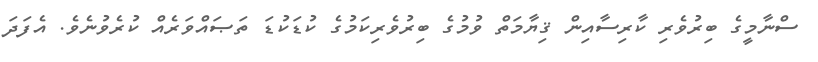
ސްނާމީގެ ބިރުވެރި ކާރިސާއިން ޤިޔާމަތް ވުމުގެ ބިރުވެރިކަމުގެ ކުޑަކުޑަ ތަޞައްވަރެއް ކުރެވުނެވެ. އެފަދަ